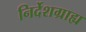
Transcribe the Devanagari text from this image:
निर्देशग्राह्य